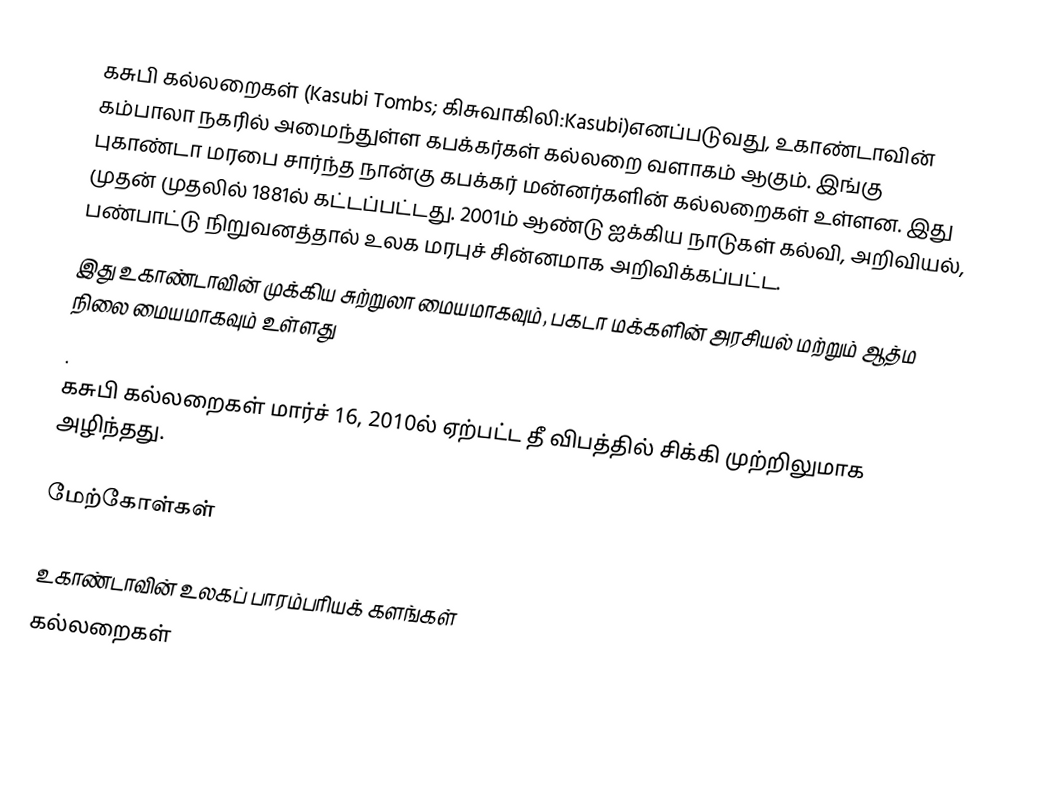
கசுபி கல்லறைகள் (Kasubi Tombs; கிசுவாகிலி:Kasubi)எனப்படுவது, உகாண்டாவின் கம்பாலா நகரில் அமைந்துள்ள கபக்கர்கள் கல்லறை வளாகம் ஆகும். இங்கு புகாண்டா மரபை சார்ந்த நான்கு கபக்கர் மன்னர்களின் கல்லறைகள் உள்ளன. இது முதன் முதலில் 1881ல் கட்டப்பட்டது. 2001ம் ஆண்டு ஐக்கிய நாடுகள் கல்வி, அறிவியல், பண்பாட்டு நிறுவனத்தால் உலக மரபுச் சின்னமாக அறிவிக்கப்பட்ட.
இது உகாண்டாவின் முக்கிய சுற்றுலா மையமாகவும், பகடா மக்களின் அரசியல் மற்றும் ஆத்ம நிலை மையமாகவும் உள்ளது
.
கசுபி கல்லறைகள் மார்ச் 16, 2010ல் ஏற்பட்ட தீ விபத்தில் சிக்கி முற்றிலுமாக அழிந்தது.

மேற்கோள்கள்

உகாண்டாவின் உலகப் பாரம்பரியக் களங்கள்
கல்லறைகள்